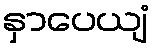
နှာပေယျံ